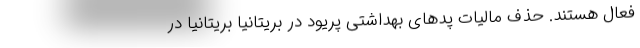
فعال هستند. حذف مالیات پدهای بهداشتی پریود در بریتانیا بریتانیا در